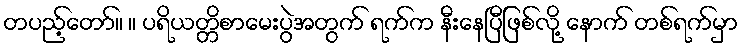
တပည့်တော်။ ။ ပရိယတ္တိစာမေးပွဲအတွက် ရက်က နီးနေပြီဖြစ်လို့ နောက် တစ်ရက်မှာ